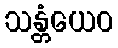
သန္တံယေဝ